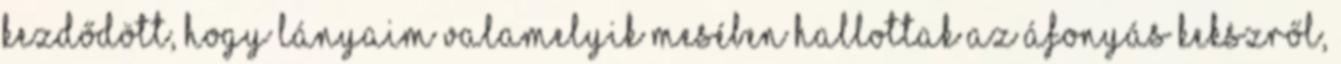
kezdődött, hogy lányaim valamelyik mesében hallottak az áfonyás kekszről,